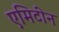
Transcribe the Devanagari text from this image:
एमिटीन